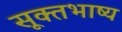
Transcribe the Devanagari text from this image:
सूक्तभाष्य